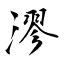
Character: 漻